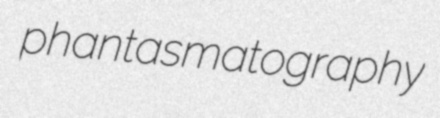
phantasmatography